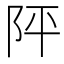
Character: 𨸶